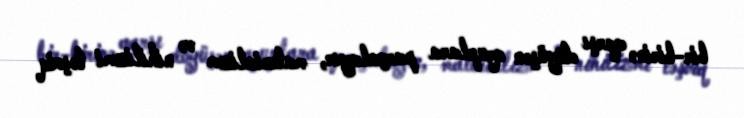
bir-birinə qarşı döyüşən qruplara parçalayır, materializm və nihilizmi təşviq